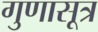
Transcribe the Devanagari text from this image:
गुणासूत्र